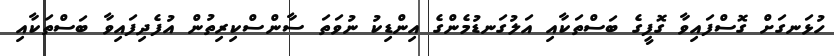
ހުޅަނގަށް ގޮސްފައިވާ ގޮފީގެ ބަސްތަކާއި އަލުގަނޑުމެންގެ އިންޑިކު ނުވަތަ ސާންސްކިރިތުން އުފެދިފައިވާ ބަސްތަކާއި